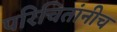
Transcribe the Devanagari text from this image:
परिचितांनीच